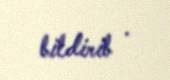
bildirib .